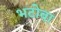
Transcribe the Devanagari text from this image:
भटोबा